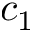
c _ { 1 }